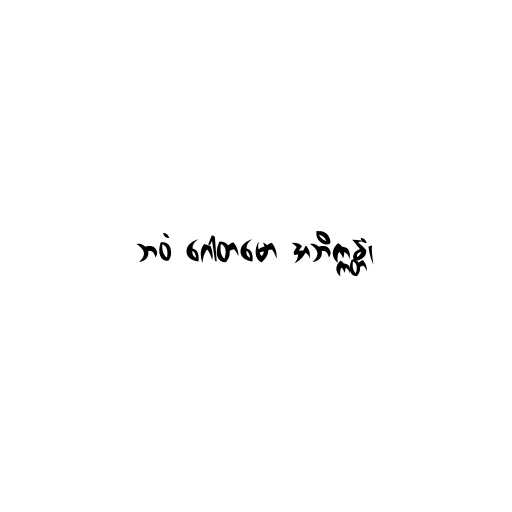
ဘဝံ ဂေါတမော အဘိက္ကန္တံ၊